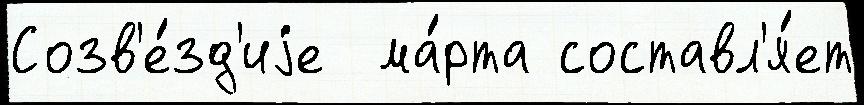
Созв'е́зд'иjе  ма́рта составл'я́ет